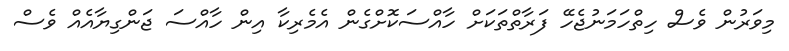
މިވަރުން ވެސް ހިތްހަމަނުޖެހޭ ފަރާތްތަކަށް ހާއްސަކޮށްގެން އެމެރިކާ އިން ހާއްސަ ޖަންގިޔާއެއް ވެސް